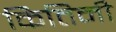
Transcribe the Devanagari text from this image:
कितिनी